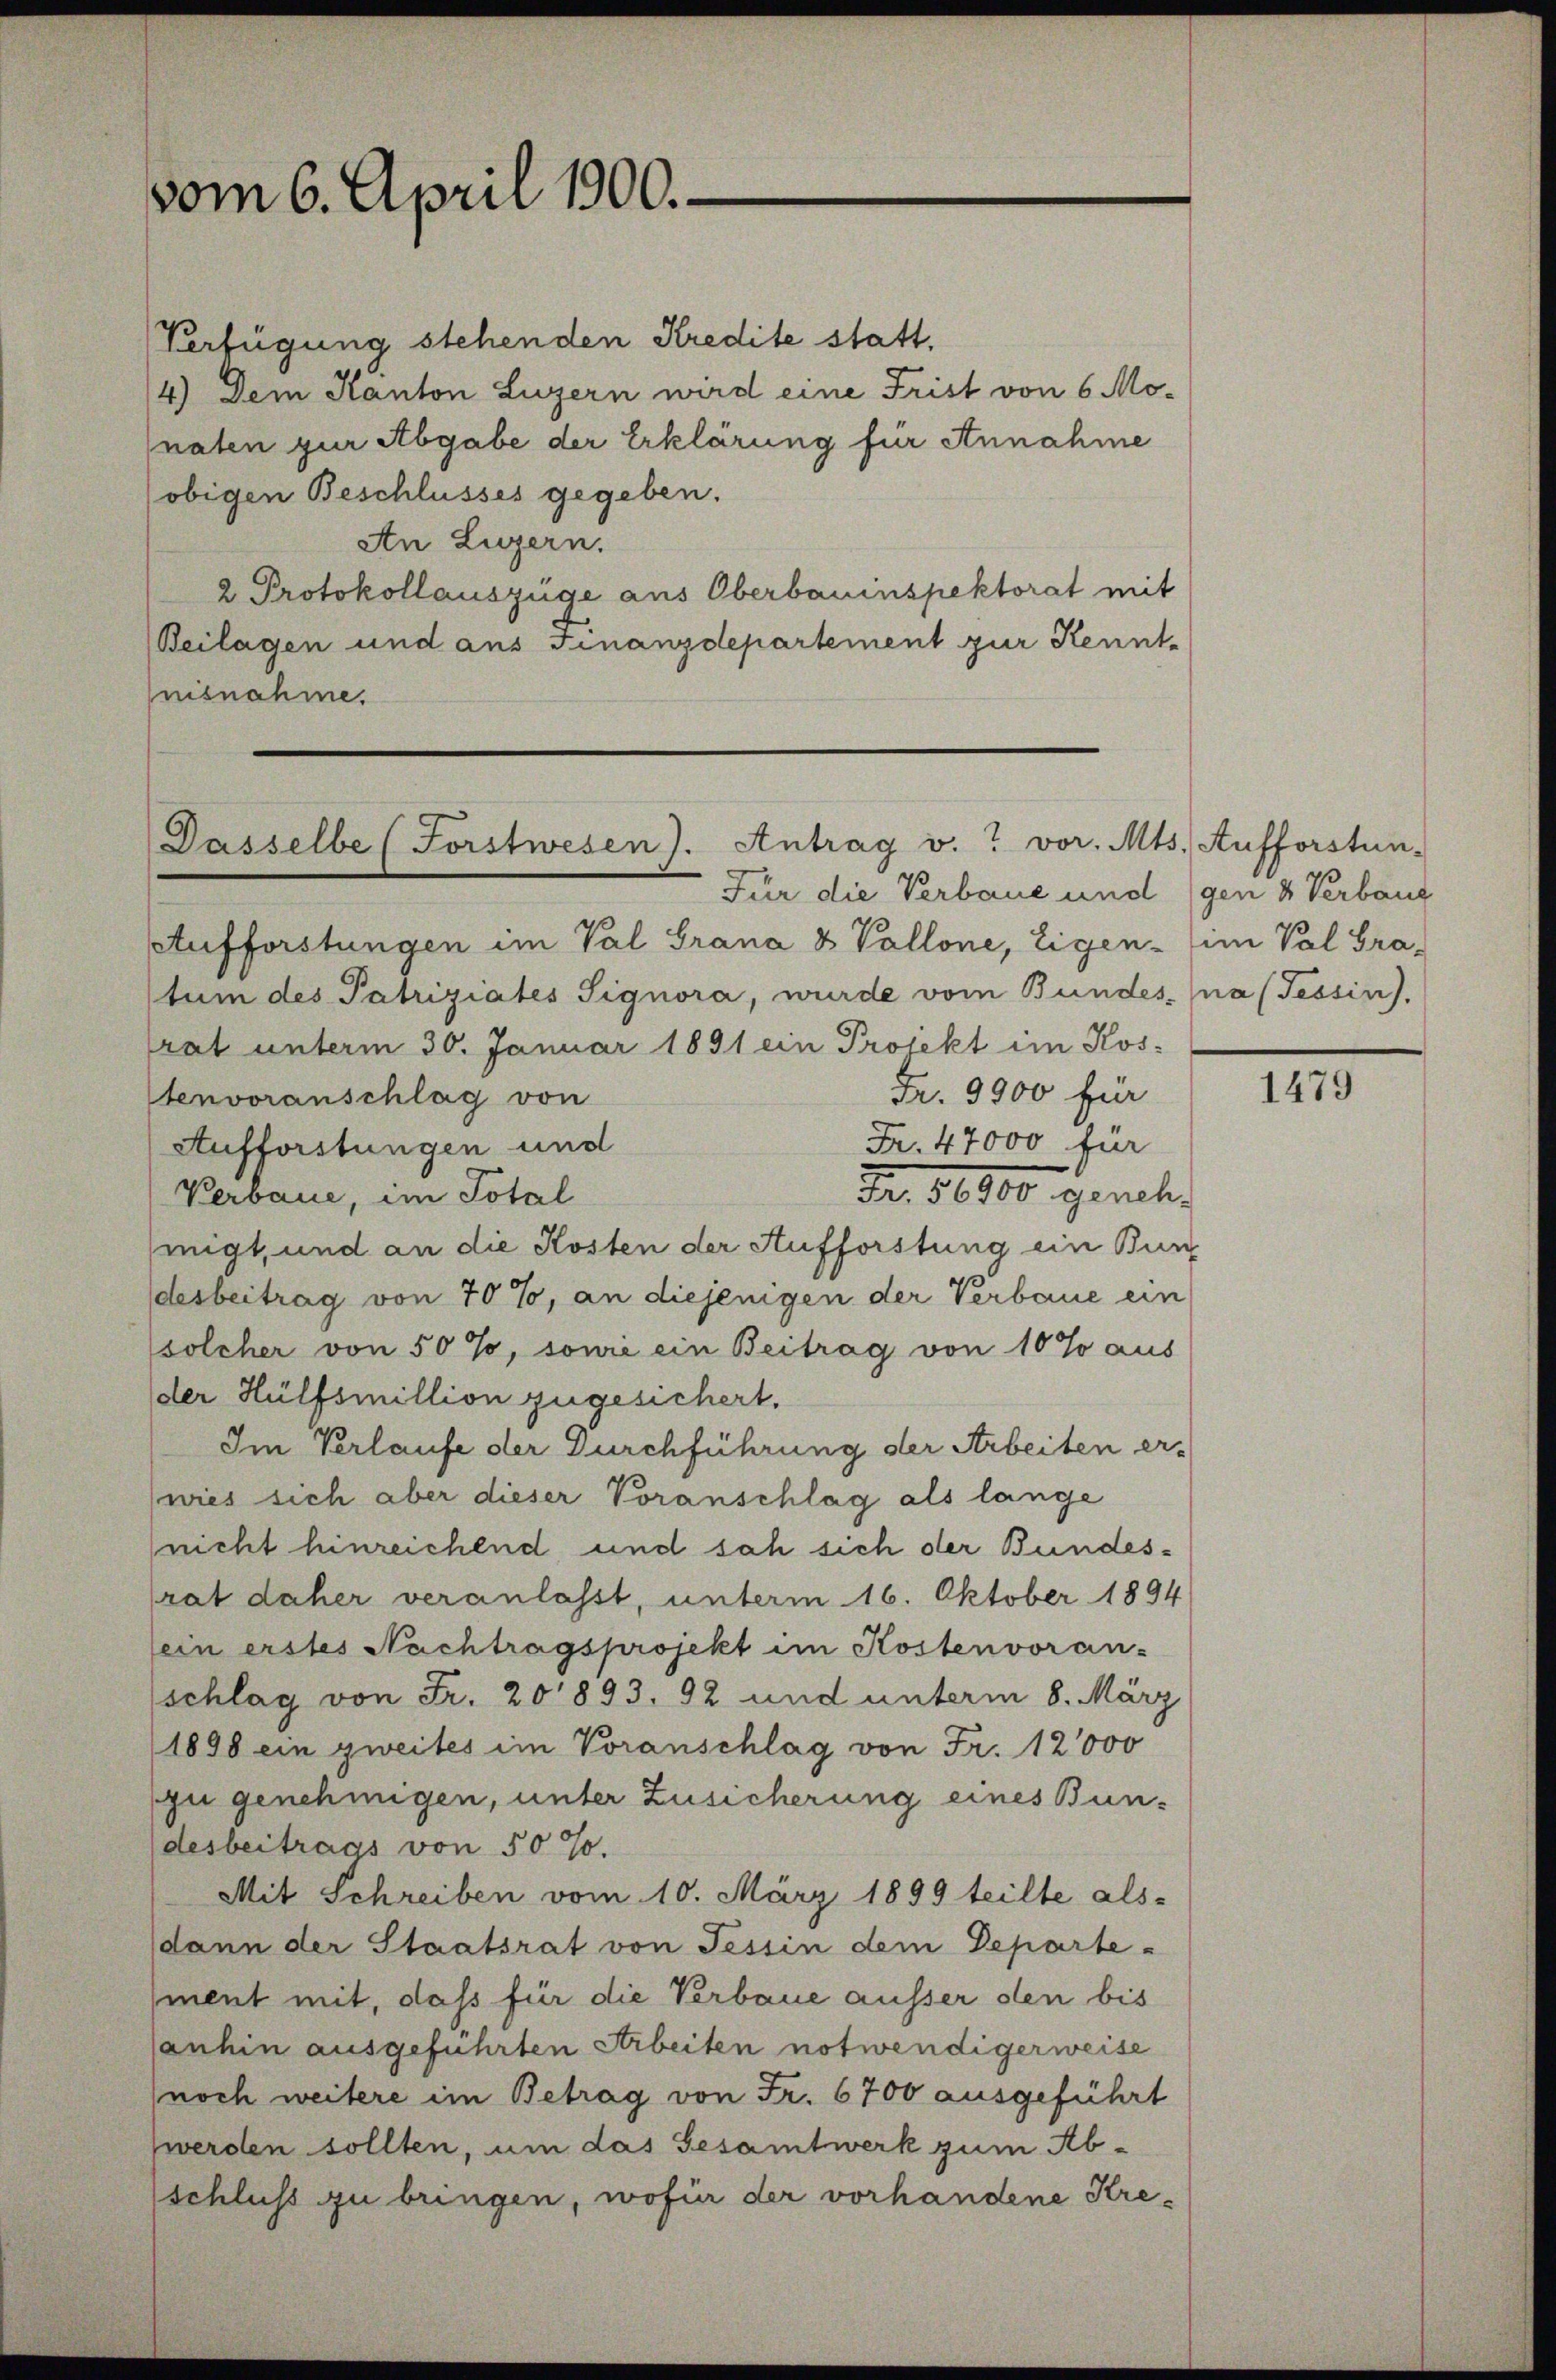
Verfügung stehenden Kredite statt.
4) Dem Kanton Luzern wird eine Frist von 6 Mo-
naten zur Abgabe der Erklärung für Annahme
obigen Beschlusses gegeben.
An Luzern.
2 Protokollauszüge aus Oberbauinspektorat mit
Beilagen und aus Finanzdepartement zur Kenntnisnahme.

vom 6. April 1900.

Dasselbe (Forstwesen). Antrag v. 7 vor. Mts. Aufforstun-

Für die Verbaue und gen & Verbaug

Aufforstungen im Val Grana & Vallone, Eigen - im Pal Gra-
tum des Patriziates Signora, wurde vom Bundesna (Tessin),
rat unterm 30. Januar 1891 ein Projekt im Kos-
Fr. 9900 für
tenvoranschlag von
Fr. 47000 für
Aufforstungen und
Fr. 5000 geneh
Verbaue, im Total
migt, und an die Kosten der Aufforstung ein Bun
desbeitrag von 70 %, an diejenigen der Verbaue ein
solcher von 50%, sowie ein Beitrag von 10 % aus
der Hülfsmillion zugesichert.
Im Verlaufe der Durchführung der Arbeiten er-
wies sich aber dieser Voranschlag als lange
(nicht hinreichend und sah sich der Bundes-
rat daher veranlasst, unterm 16. Oktober 1894
sein erstes Nachtragsprojekt im Kostenvoran-
(schlag von Fr. 201893. 92 und unterm 8. März
1898 ein zweites im Voranschlag von Fr. 12000
zu genehmigen, unter Zusicherung eines Bun-
desbeitrags von 50 %.
Mit Schreiben vom 10. März 1899 teilte als-
dann der Staatsrat von Tessin dem Departe-
ment mit, daß für die Verbaue äusser den bis
anhin ausgeführten Arbeiten notwendigerweise
noch weitere im Betrag von Fr. 6700 ausgeführt
werden sollten, um das Gesamtwerk zum Ab-
schluss zu bringen, wofür der vorhandene Kre¬

1479